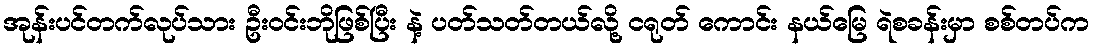
အုန်းပင်တက်လုပ်သား ဦးဝင်းဘိုဖြစ်ပြီး နဲ့ ပတ်သတ်တယ်လို့ ငရုတ် ကောင်း နယ်မြေ ရဲစခန်းမှာ စစ်တပ်က